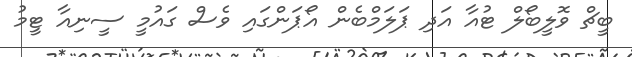
ބީޗް ވޮލީބޯލް ޓުއާ އަދި ޕަލަމްބެން އޯޕަންގައި ވެސް ގައުމީ ސީނިއާ ޓީމު